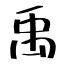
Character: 禹